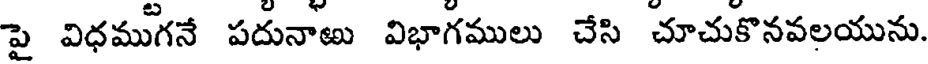
పై విధముగనే పదునాణు విభాగములు చేసి చూచుకొనవలయును.